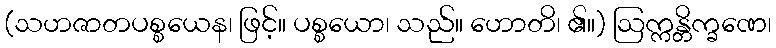
(သဟဇာတပစ္စယေန၊ ဖြင့်။ ပစ္စယော၊ သည်။ ဟောတိ၊ ၏။) ဩက္ကန္တိက္ခဏေ၊